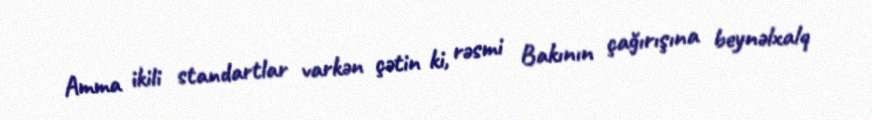
Amma ikili standartlar varkən çətin ki, rəsmi Bakının çağırışına beynəlxalq